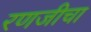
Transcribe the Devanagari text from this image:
रणजीचा